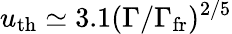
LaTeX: u_{\mathrm{th}}\simeq 3.1(\Gamma/\Gamma_{\mathrm{fr}})^{2/5}